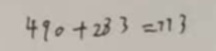
4 9 0 + 2 8 3 = 7 7 3